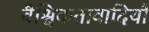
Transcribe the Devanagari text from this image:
वैश्विकतावादियों